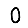
Digit: 0